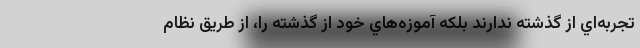
تجربه‌اي از گذشته ندارند بلكه آموزه‌هاي خود از گذشته را، از طريق نظام